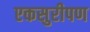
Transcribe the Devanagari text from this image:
एकसुरीपण